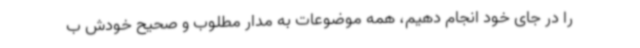
را در جای خود انجام دهیم، همه موضوعات به مدار مطلوب و صحیح خودش ب